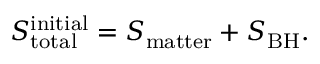
S _ { \mathrm { t o t a l } } ^ { \mathrm { i n i t i a l } } = S _ { \mathrm { m a t t e r } } + S _ { \mathrm { B H } } .